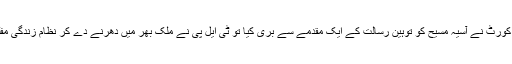
جب سپریم کورٹ نے آسیہ مسیح کو توہین رسالت کے ایک مقدمے سے بری کیا تو ٹی ایل پی نے ملک بھر میں دھرنے دے کر نظام زندگی مفلوج کر دیا۔